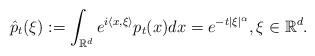
LaTeX: \begin{align*}\hat{p}_t (\xi):=\int_{\mathbb{R}^d}e^{i\langle x,\xi\rangle}p_t(x)dx=e^{-t|\xi|^\alpha},\xi\in \mathbb{R}^d.\end{align*}